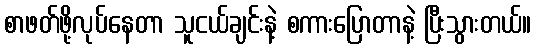
စာဖတ်ဖို့လုပ်နေတာ သူငယ်ချင်းနဲ့ စကားပြောတာနဲ့ ပြီးသွားတယ်။